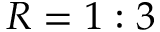
R = 1 : 3